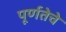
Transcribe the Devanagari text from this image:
पूर्णतेचे